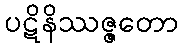
ပဋိနိဿဇ္ဇတော